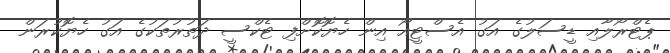
ޕެޓްރޯލާއި ޑީސަލުގެ އަގު އެސްޓީއޯ އިން ހެޔޮކޮށްފި ޓެކްސީ ދަތުރުތަކުގެ އަގު ހެޔޮކުރަން